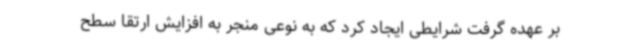
بر عهده گرفت شرایطی ایجاد کرد که به نوعی منجر به افزایش ارتقا سطح